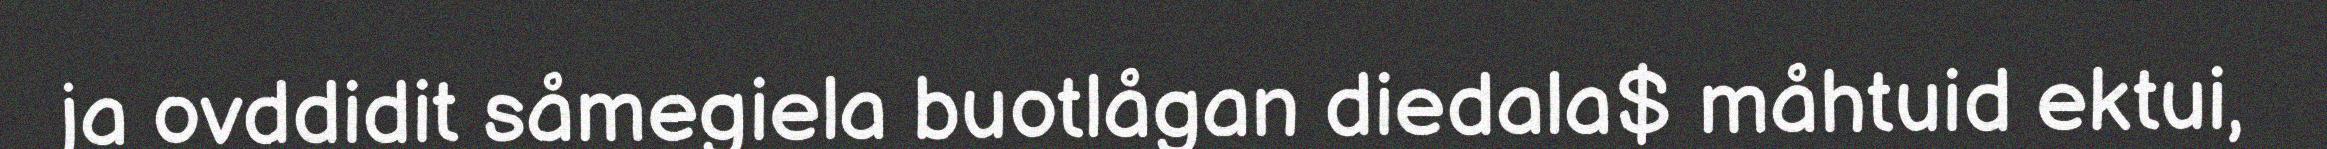
ja ovddidit såmegiela buotlågan diedala$ måhtuid ektui,